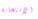
الإستجابة